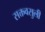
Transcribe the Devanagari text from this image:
सक्तवसुली